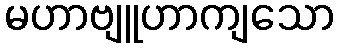
မဟာဗျူဟာကျသော